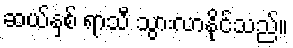
ဆယ်နှစ် ရာသီ သွားလာနိုင်သည်။